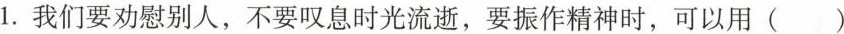
1.我们要劝慰别人，不要叹息时光流逝，要振作精神时，可以用（）